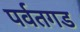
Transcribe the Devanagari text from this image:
पर्वतगड